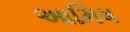
આમિષ